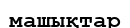
машықтар